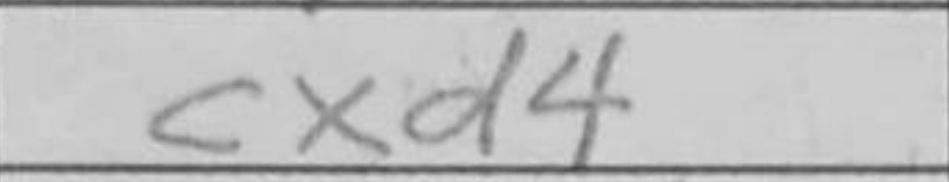
Transcription: cxd4